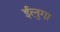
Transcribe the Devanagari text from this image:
ईलुगा